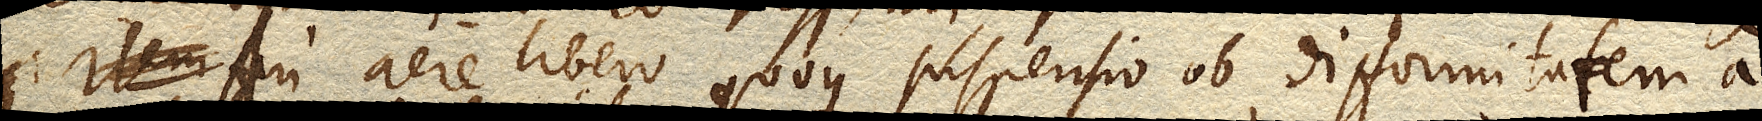
Item in An aere libero quoque suspensio ob difformitatem a